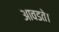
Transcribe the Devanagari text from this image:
आवडते।